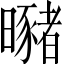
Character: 𣌁